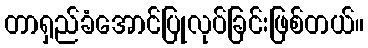
တာရှည်ခံအောင်ပြုလုပ်ခြင်းဖြစ်တယ်။